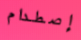
إصطدام